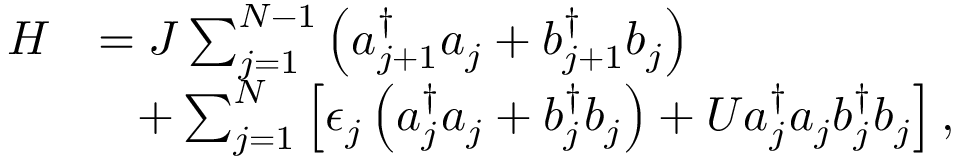
\begin{array} { r l } { H } & { = J \sum _ { j = 1 } ^ { N - 1 } \left( a _ { j + 1 } ^ { \dagger } a _ { j } + b _ { j + 1 } ^ { \dagger } b _ { j } \right) } \\ & { \, \, \, \, \, + \sum _ { j = 1 } ^ { N } \left[ \epsilon _ { j } \left( a _ { j } ^ { \dagger } a _ { j } + b _ { j } ^ { \dagger } b _ { j } \right) + U a _ { j } ^ { \dagger } a _ { j } b _ { j } ^ { \dagger } b _ { j } \right] , } \end{array}